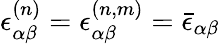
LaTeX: \epsilon_{\alpha\beta}^{(n)}=\epsilon_{\alpha\beta}^{(n,m)}=\bar{\epsilon}_{\alpha\beta}